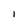
Character: I